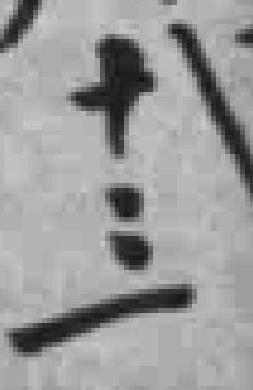
十三